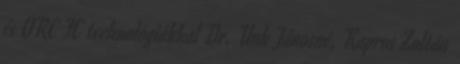
és ORC FC technológiákkal Dr. Unk Jánosné, Kapros Zoltán